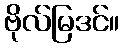
ဗိုလ်မြဒင်။